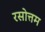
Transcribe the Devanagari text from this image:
रसोत्तम